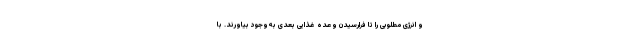
و انرژی مطلوبی را تا فرارسیدن وعده غذایی بعدی به‌وجود بیاورند. با